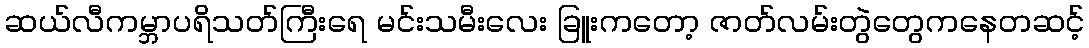
ဆယ်လီကမ္ဘာပရိသတ်ကြီးရေ မင်းသမီးလေး ခြူးကတော့ ဇာတ်လမ်းတွဲတွေကနေတဆင့်